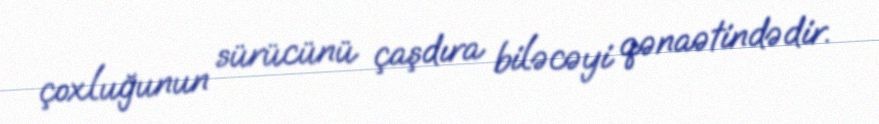
çoxluğunun sürücünü çaşdıra biləcəyi qənaətindədir.